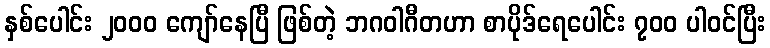
နှစ်ပေါင်း ၂၀၀၀ ကျော်နေပြီ ဖြစ်တဲ့ ဘဂဝါဂီတဟာ စာပိုဒ်ရေပေါင်း ၇၀၀ ပါဝင်ပြီး